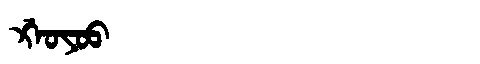
Manchu: ᡤ᠋ᠠᠣᠶᠣᠣ
Romanization: G'AOYOO